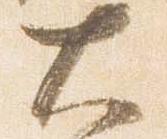
大